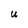
Character: U